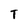
Character: T